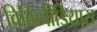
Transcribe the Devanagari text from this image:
विकिपीडियास